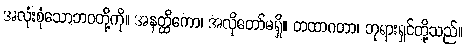
အလုံးစုံသောဘဝတို့ကို။ အနတ္ထိကော၊ အလိုတော်မရှိ။ တထာဂတာ၊ ဘုရားရှင်တို့သည်။